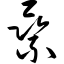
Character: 乘